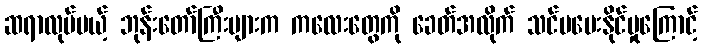
ဆရာလုပ်မယ့် ဘုန်းတော်ကြီးများက ကလေးတွေကို ခေတ်အလိုက် သင်မပေးနိုင်မှုကြောင့်